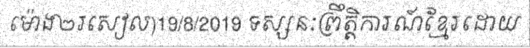
ម៉ោង២រសៀល)19/8/2019 ទស្សនៈព្រឹត្តិការណ៍ខ្មែរដោយ